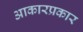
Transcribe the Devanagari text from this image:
आकारप्रकार